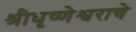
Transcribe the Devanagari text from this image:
श्रीधृष्णेश्वराचे